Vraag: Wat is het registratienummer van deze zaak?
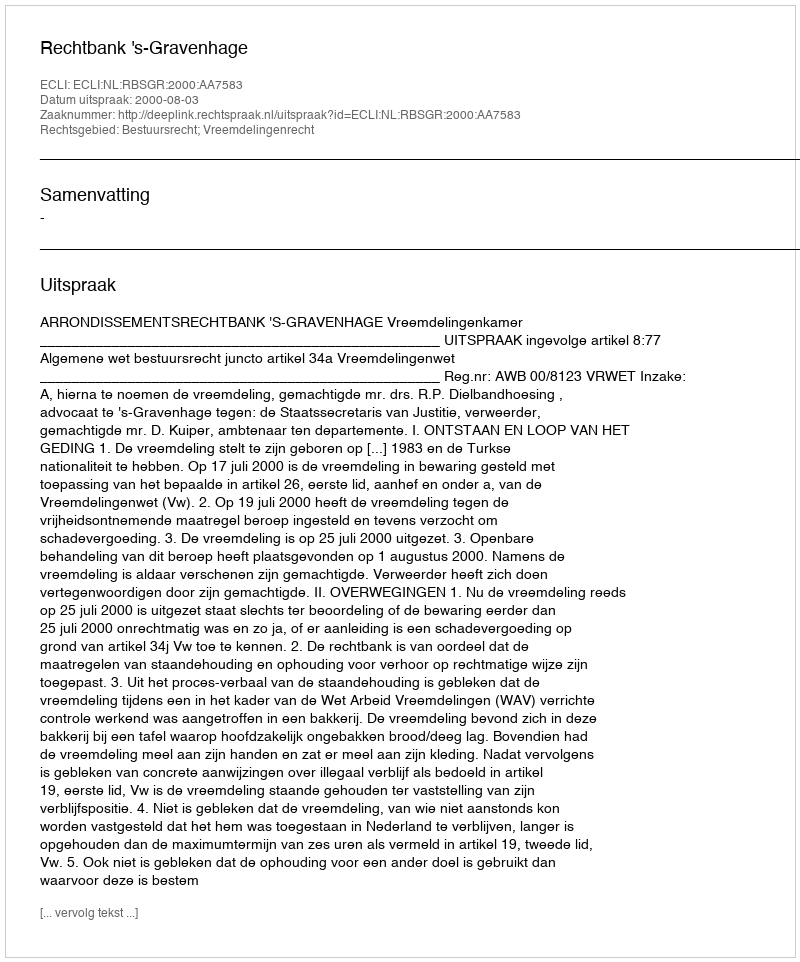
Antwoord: http://deeplink.rechtspraak.nl/uitspraak?id=ECLI:NL:RBSGR:2000:AA7583